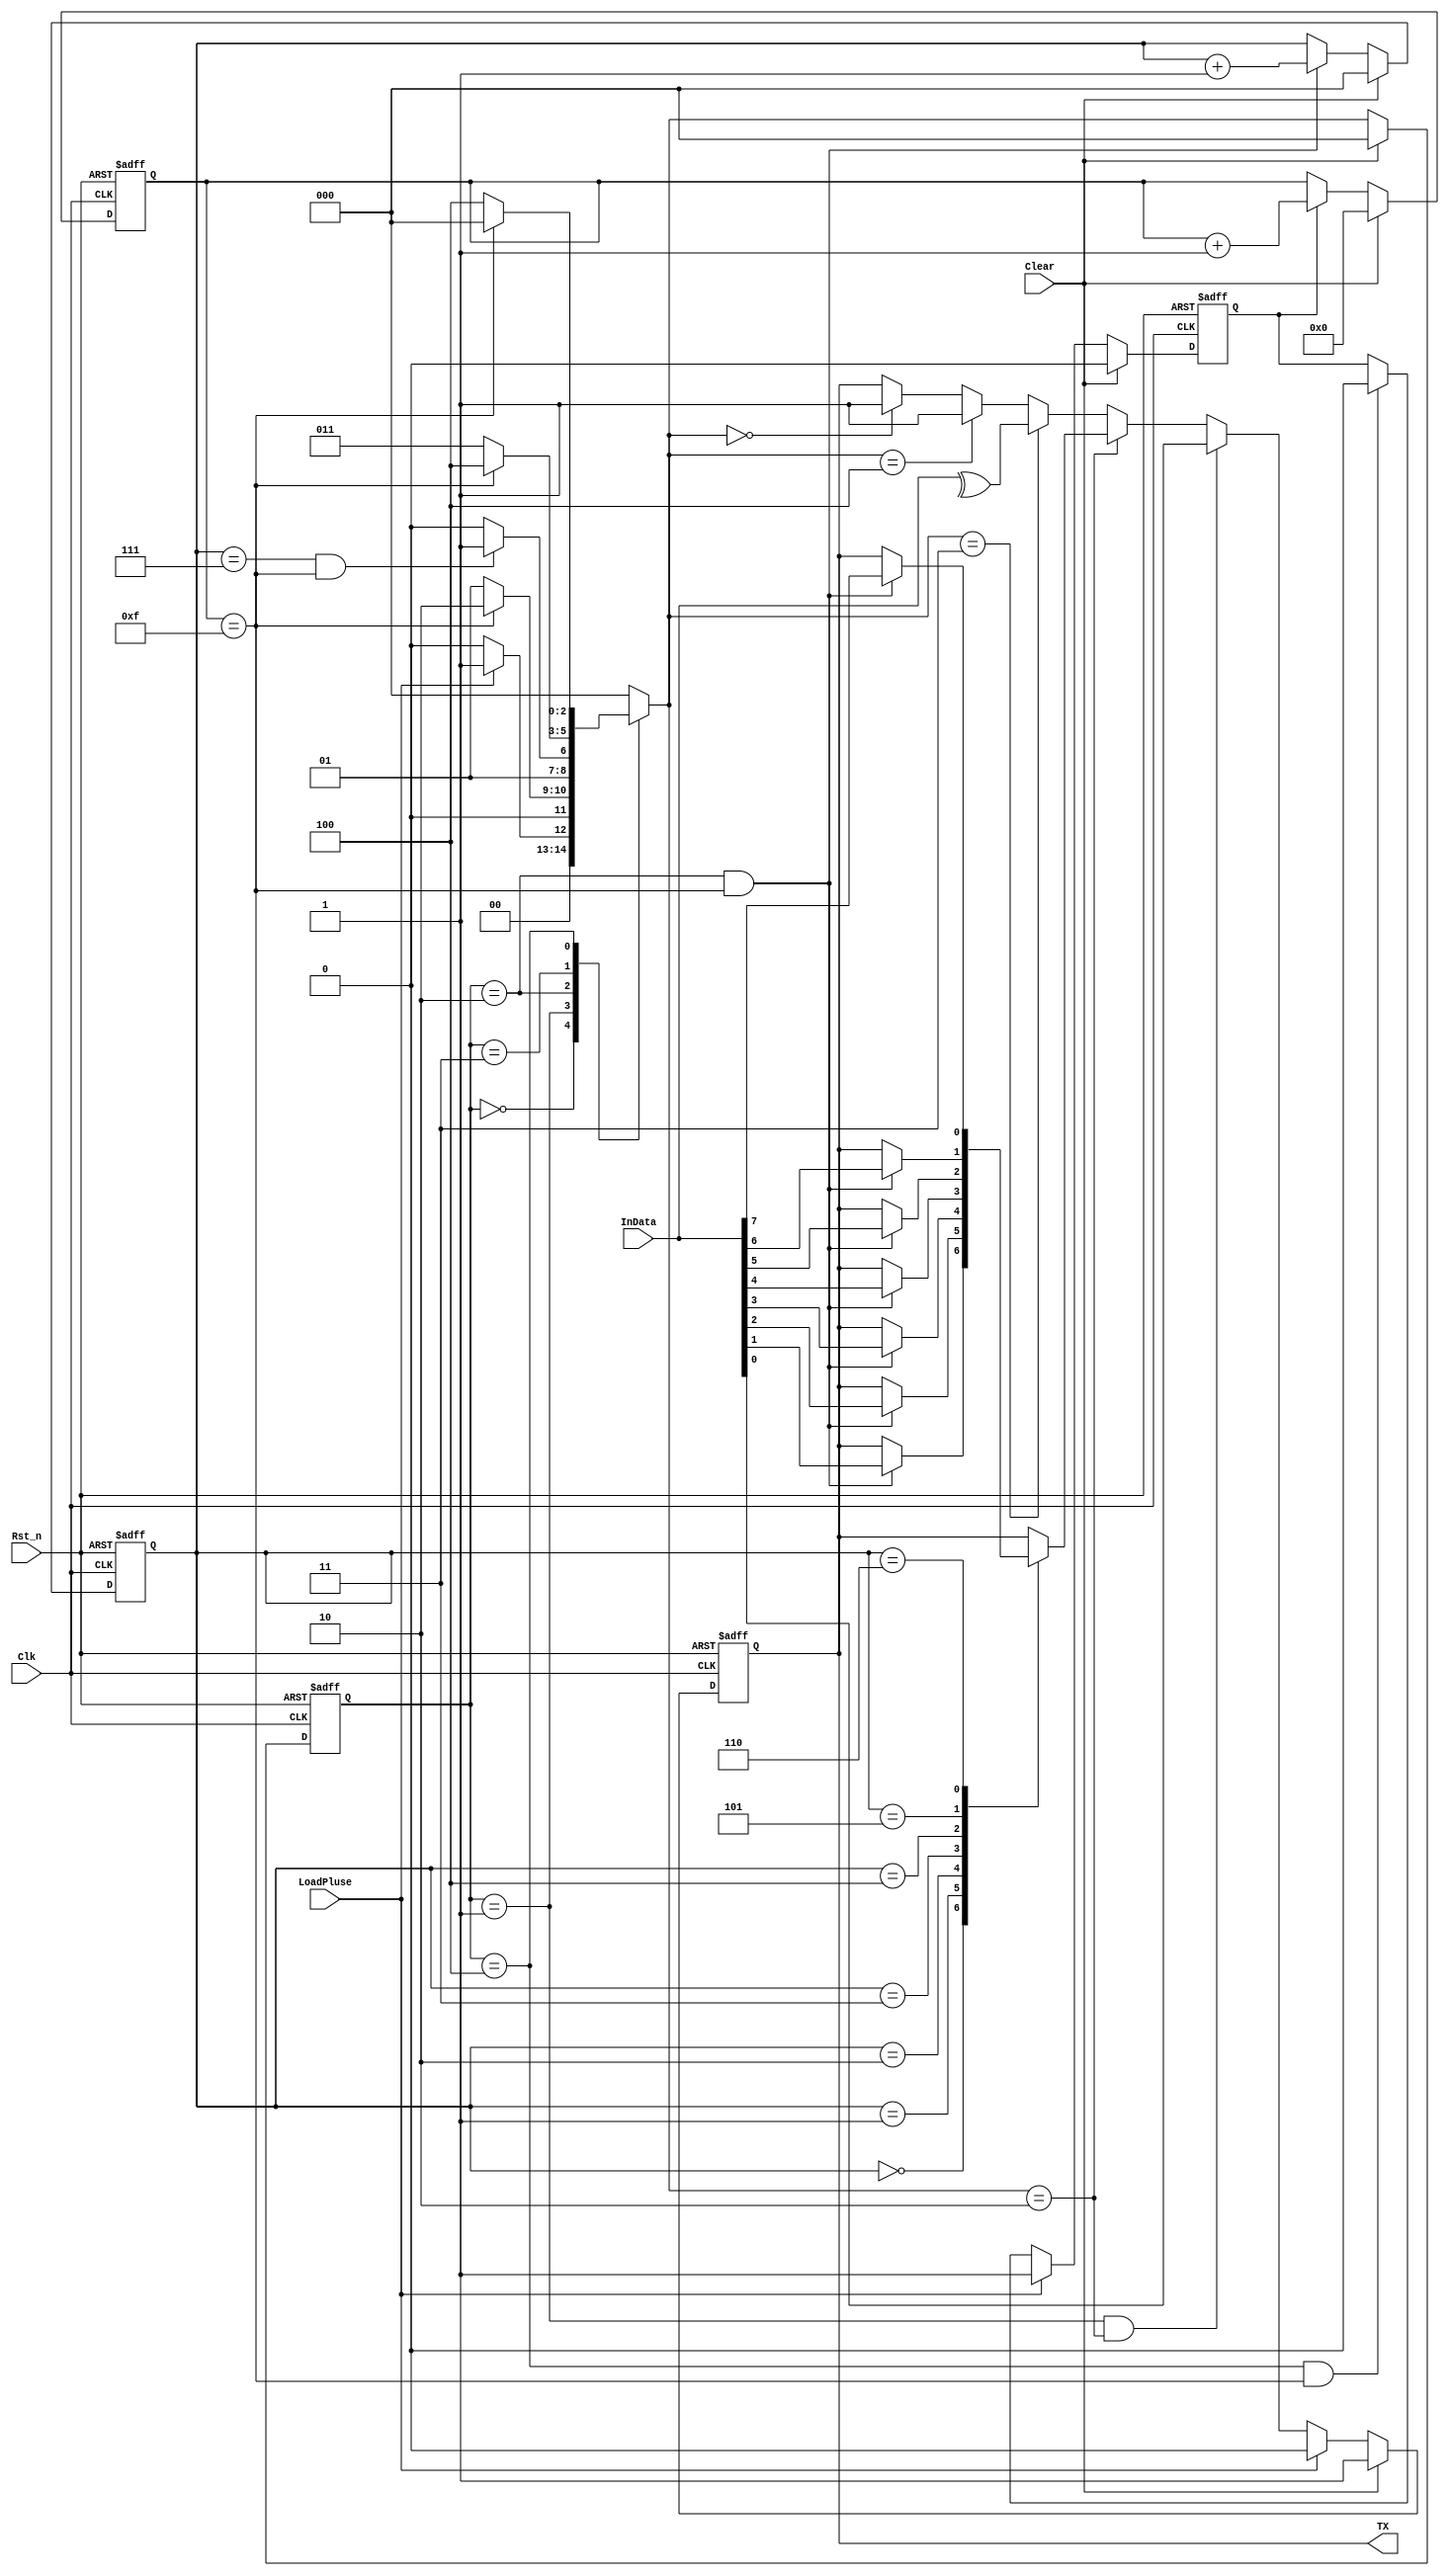
module UART_TX(
    input  wire         Clk         ,
    input  wire         Rst_n       ,
    input  wire         Clear       ,

    output reg          TX          ,
    input  wire [7:0]   InData      ,
    input  wire         LoadPluse   );
    
    //input Clk 10MHz
    //Baud rate 115200bps 
    //date rate 115.2KHz
    //Bit10MHZ8.68CYCLE, 9CYCLE
    //Designwarebit16CYCLECORE

    //
    localparam IDLE   = 3'd0;
    localparam START  = 3'd1;
    localparam DATA   = 3'd2;
    localparam PARITY = 3'd3;
    localparam STOP   = 3'd4;

    reg [2:0] cur_state;
    reg [2:0] nxt_state;

    wire start_pluse;
    wire end_pluse;
    reg  [3:0] bit_cnt; 
    reg  package_en;
    reg  [2:0] date_cnt;
    wire date_done;
    wire transmit_pluse;
    wire bit_tran_en;
    wire parity_bit;

    assign bit_end = bit_cnt == 4'hf;
    assign date_done = date_cnt == 3'h7;

    //CNT
    always @(posedge Clk or negedge Rst_n) begin
        if(!Rst_n)
            bit_cnt <= 4'b0;
        else if(Clear)
            bit_cnt <= 4'b0;
        else if(package_en)
            bit_cnt <= bit_cnt + 1'b1;
    end

    always @(posedge Clk or negedge Rst_n) begin
        if(!Rst_n)
            date_cnt <= 3'b0;
        else if(Clear)
            date_cnt <= 3'b0;
        else if(cur_state == DATA && bit_end)
            date_cnt <= date_cnt + 1'b1;
    end

    assign start_pluse = LoadPluse;

    //generate package_en
    always @(posedge Clk or negedge Rst_n) begin
        if(!Rst_n)
            package_en <= 1'b0;
        else if(Clear)
            package_en <= 1'b0;
        else if(start_pluse)
            package_en <= 1'b1;
        else if(end_pluse)
            package_en <= 1'b0;           
    end 

    //recive state machine
    always @(posedge Clk or negedge Rst_n) begin
        if(!Rst_n)
            cur_state <= IDLE;
        else if(Clear)
            cur_state <= IDLE;
        else
            cur_state <= nxt_state;
    end

    always @(*) begin
        case (cur_state)
            IDLE : if(start_pluse)
                        nxt_state = START;
                   else
                        nxt_state = IDLE;
            START: if(bit_end)
                        nxt_state = DATA;
                   else
                        nxt_state = START;
            DATA : if(date_done && bit_end)
                        nxt_state = PARITY;
                   else
                        nxt_state = DATA;
            PARITY: if(bit_end)
                        nxt_state = STOP;
                    else
                        nxt_state = PARITY;
            STOP  : if(bit_end)
                        nxt_state = IDLE;
                    else
                        nxt_state = STOP;                     
            default: nxt_state = IDLE;
        endcase
    end
    
    //generate end_pluse
    assign end_pluse = cur_state == STOP && bit_end;
    assign bit_tran_en = cur_state == DATA && bit_end;

    //parity check
    assign parity_bit = ^InData;

    //transmit Data
    always @(posedge Clk or negedge Rst_n) begin
        if(!Rst_n)
            TX <= 1'b1;
        else if(Clear)
            TX <= 1'b1;
		  else if(start_pluse)
				TX <= 1'b0;
		  else if(cur_state == START && nxt_state == DATA)
            TX <= InData[0];
        else if(nxt_state == DATA)
            case(date_cnt)
				3'd0 : if(bit_tran_en)
                    TX <= InData[1];
            3'd1 : if(bit_tran_en)
                    TX <= InData[2];
            3'd2 : if(bit_tran_en)
                    TX <= InData[3];
            3'd3 : if(bit_tran_en)
                    TX <= InData[4];
            3'd4 : if(bit_tran_en)
                    TX <= InData[5];
            3'd5 : if(bit_tran_en)
                    TX <= InData[6];
            3'd6 : if(bit_tran_en)
                    TX <= InData[7];                         
            endcase
        else if(nxt_state == PARITY)
            TX <= parity_bit;
        else if(nxt_state == STOP)
            TX <= 1'b1;
        else if(nxt_state == IDLE)
            TX <= 1'b1;
    end

endmodule